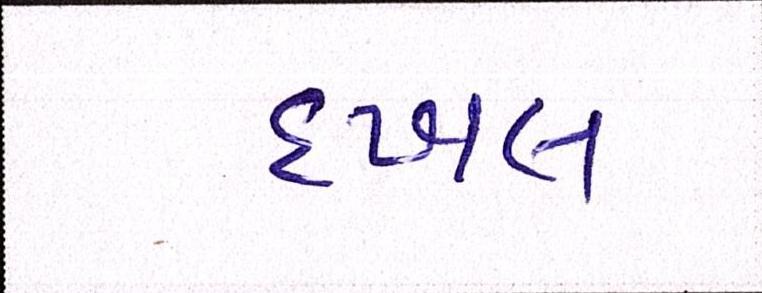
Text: દખલ